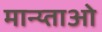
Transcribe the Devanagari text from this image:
मान्य्ताओ